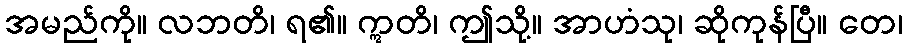
အမည်ကို။ လဘတိ၊ ရ၏။ ဣတိ၊ ဤသို့။ အာဟံသု၊ ဆိုကုန်ပြီ။ တေ၊